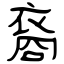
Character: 裔